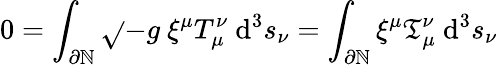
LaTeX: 0=\int_{\partial\mathbb{N}}{\sqrt{}{{-g}}}\ \xi^{\mu}T_{\mu}^{\nu}\ \mathrm{{d}}^{3}s_{\nu}=\int_{\partial\mathbb{N}}\xi^{\mu}{\mathfrak{{T}}}_{\mu}^{\nu}\ \mathrm{{d}}^{3}s_{\nu}